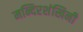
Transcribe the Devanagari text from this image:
मन्दिरशंखिनी